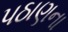
પઠાણના